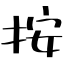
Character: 按